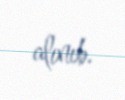
alınıb.